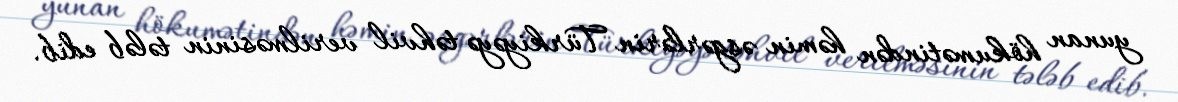
yunan hökumətindən həmin əsgərlərin Türkiyəyə təhvil verilməsinin tələb edib.